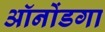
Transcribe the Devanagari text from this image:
ऑनोंडगा